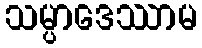
သမ္ပာဒေဿာမ